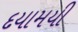
દયામયી